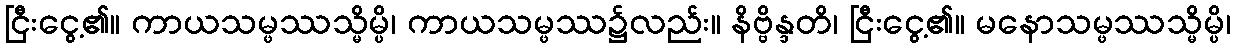
ငြီးငွေ့၏။ ကာယသမ္ဖဿသ္မိမ္ပိ၊ ကာယသမ္ဖဿ၌လည်း။ နိဗ္ဗိန္ဒတိ၊ ငြီးငွေ့၏။ မနောသမ္ဖဿသ္မိမ္ပိ၊